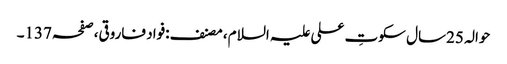
حوالہ 25سال سکوتِ علی علیہ السلام، مصنف:فواد فاروقی،صفحہ137۔